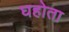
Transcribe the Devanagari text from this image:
घहोता